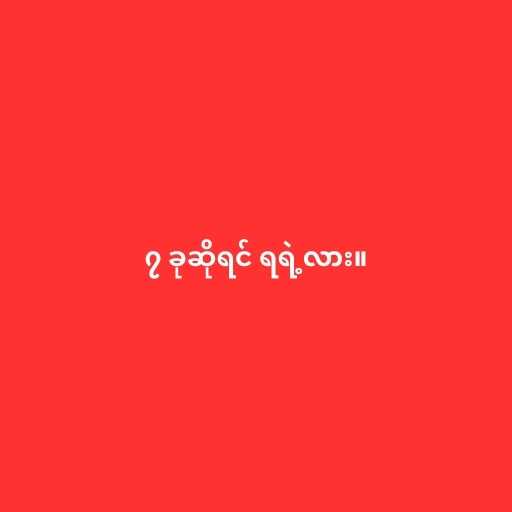
၇ ခုဆိုရင် ရရဲ့လား။